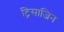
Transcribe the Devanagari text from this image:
ट्रिसाजिन